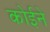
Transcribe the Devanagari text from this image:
कोईने